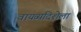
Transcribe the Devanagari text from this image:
वायव्यदिशेला